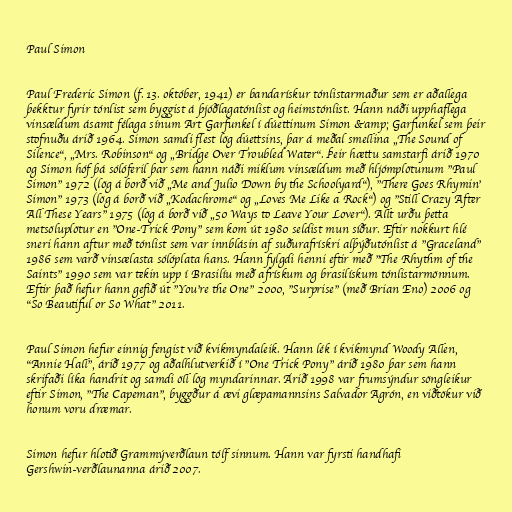
Paul Simon

Paul Frederic Simon (f. 13. október, 1941) er bandarískur tónlistarmaður sem er aðallega
þekktur fyrir tónlist sem byggist á þjóðlagatónlist og heimstónlist. Hann náði upphaflega
vinsældum ásamt félaga sínum Art Garfunkel í dúettinum Simon &amp; Garfunkel sem þeir
stofnuðu árið 1964. Simon samdi flest lög dúettsins, þar á meðal smellina „The Sound of
Silence“, „Mrs. Robinson“ og „Bridge Over Troubled Water“. Þeir hættu samstarfi árið 1970
og Simon hóf þá sólóferil þar sem hann náði miklum vinsældum með hljómplötunum "Paul
Simon" 1972 (lög á borð við „Me and Julio Down by the Schoolyard“), "There Goes Rhymin'
Simon" 1973 (lög á borð við „Kodachrome“ og „Loves Me Like a Rock“) og "Still Crazy After
All These Years" 1975 (lög á borð við „50 Ways to Leave Your Lover“). Allt urðu þetta
metsöluplötur en "One-Trick Pony" sem kom út 1980 seldist mun síður. Eftir nokkurt hlé
sneri hann aftur með tónlist sem var innblásin af suðurafrískri alþýðutónlist á "Graceland"
1986 sem varð vinsælasta sólóplata hans. Hann fylgdi henni eftir með "The Rhythm of the
Saints" 1990 sem var tekin upp í Brasilíu með afrískum og brasilískum tónlistarmönnum.
Eftir það hefur hann gefið út "You're the One" 2000, "Surprise" (með Brian Eno) 2006 og
"So Beautiful or So What" 2011.

Paul Simon hefur einnig fengist við kvikmyndaleik. Hann lék í kvikmynd Woody Allen,
"Annie Hall", árið 1977 og aðalhlutverkið í "One Trick Pony" árið 1980 þar sem hann
skrifaði líka handrit og samdi öll lög myndarinnar. Árið 1998 var frumsýndur söngleikur
eftir Simon, "The Capeman", byggður á ævi glæpamannsins Salvador Agrón, en viðtökur við
honum voru dræmar.

Simon hefur hlotið Grammýverðlaun tólf sinnum. Hann var fyrsti handhafi
Gershwin-verðlaunanna árið 2007.